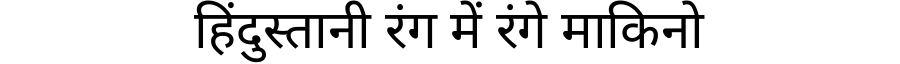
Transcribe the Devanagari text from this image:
हिंदुस्तानी रंग में रंगे माकिनो